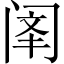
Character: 𫔳